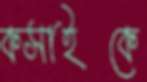
কসাইকে